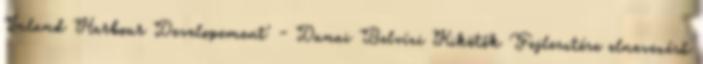
Inland Harbour Developement' - Dunai Belvízi Kikötők Fejlesztése elnevezésű